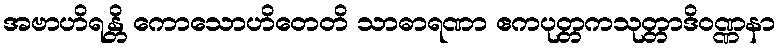
အဗာဟိရန္တိ ကောသောဟိတေတိ သာဓာရဏာ ဧကပုတ္တကသုတ္တာဒိဝဏ္ဏနာ